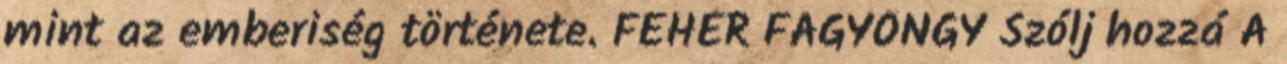
mint az emberiség története. FEHÉR FAGYÖNGY Szólj hozzá A